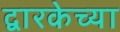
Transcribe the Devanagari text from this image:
द्वारकेच्या